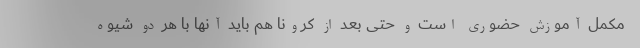
مکمل آموزش حضوری است و حتی بعد از کرونا هم باید آنها با هر دو شیوه